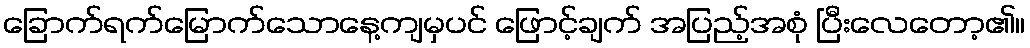
ခြောက်ရက်မြောက်သောနေ့ကျမှပင် ဖြောင့်ချက် အပြည့်အစုံ ပြီးလေတော့၏။